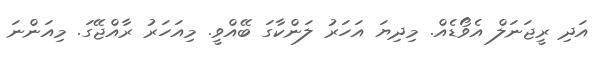
އަދި ރީޖަނަލް އެވޯޑެއް. މިދިޔަ އަހަރު ލަންކާގަ ބޭއްވީ. މިއަހަރު ރާއްޖޭގަ. މިއަންނަ